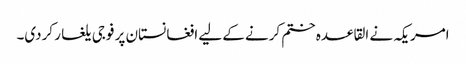
امریکہ نے القاعدہ ختم کرنے کے لیے افغانستان پر فوجی یلغار کردی۔